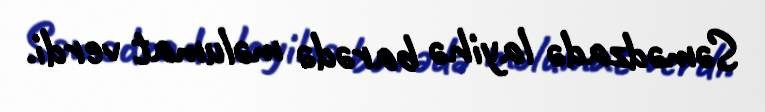
Səmədzadə layihə barədə məlumat verdi.